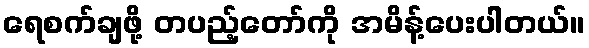
ရေစက်ချဖို့ တပည့်တော်ကို အမိန့်ပေးပါတယ်။